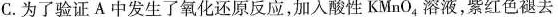
C.为了验证A中发生了氧化还原反应，加入酸性KMnO_{4}溶液，紫红色褪去